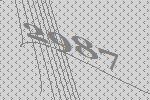
2987